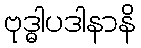
ဗုဒ္ဓါပဒါနာနိ